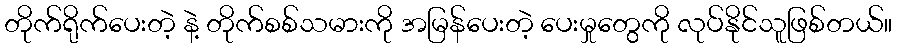
တိုက်ရိုက်ပေးတဲ့ နဲ့ တိုက်စစ်သမားကို အမြန်ပေးတဲ့ ပေးမှုတွေကို လုပ်နိုင်သူဖြစ်တယ်။